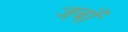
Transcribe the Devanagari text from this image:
जबाँ